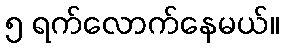
၅ ရက်လောက်နေမယ်။